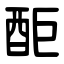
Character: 䣰